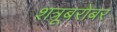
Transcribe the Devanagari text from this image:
शत्रूबरोबर